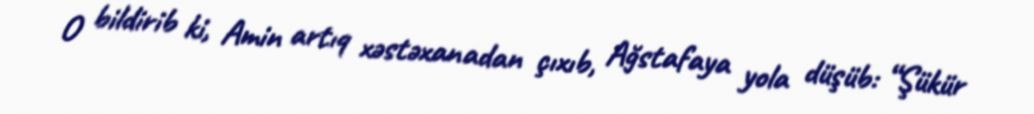
O bildirib ki, Amin artıq xəstəxanadan çıxıb, Ağstafaya yola düşüb: “Şükür